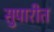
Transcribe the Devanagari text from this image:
सुपारीत